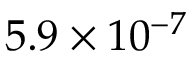
5 . 9 \times 1 0 ^ { - 7 }